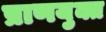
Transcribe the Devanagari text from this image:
प्राणयुक्त